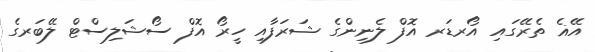
އޭޣެ ތެރޭގައި އޯރޑަރ އޮފް ލެނިންގެ ޝަރަފާއި ހީރޯ އޮފް ސޯޝަލިސްޓް ލޭބަރގެ